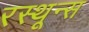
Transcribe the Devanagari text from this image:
रस्थून्स